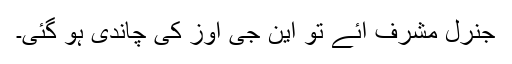
جنرل مشرف آئے تو این جی اوز کی چاندی ہو گئی۔